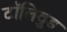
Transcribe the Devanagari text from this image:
टॉलिवुड